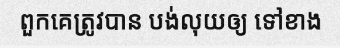
ពួកគេត្រូវបាន បង់លុយឲ្យ ទៅខាង